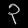
Digit: ၃